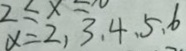
x = 2 , 3 , 4 , 5 , 6